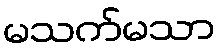
မသက်မသာ